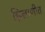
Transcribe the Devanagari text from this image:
झिलाणीत